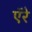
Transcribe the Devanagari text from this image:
ऍरे